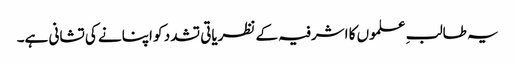
یہ طالبِ علموں کا اشرفیہ کے نظریاتی تشدد کو اپنانے کی تشانی ہے۔